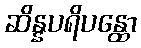
ဆိန္နပရိပန္ထော